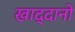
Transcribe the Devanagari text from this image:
खाद्दानो